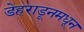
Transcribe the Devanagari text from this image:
डेहराडूनमधून